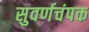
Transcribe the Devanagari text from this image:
सुवर्णचंपक